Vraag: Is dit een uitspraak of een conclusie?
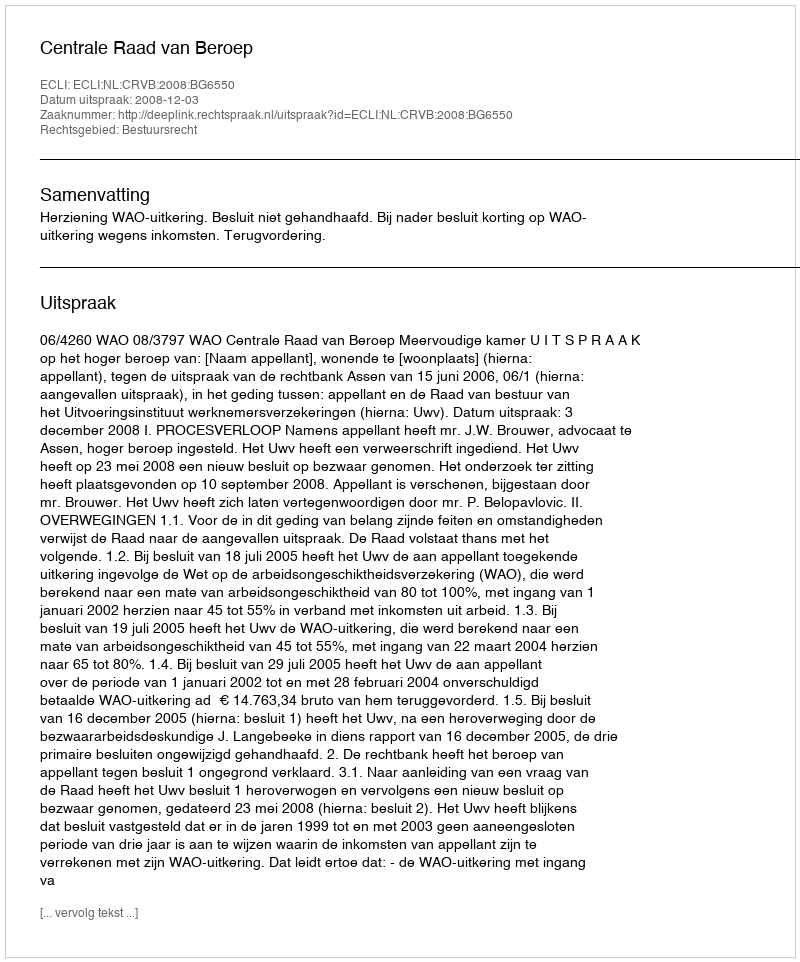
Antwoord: Uitspraak